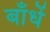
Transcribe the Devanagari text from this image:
बाँधें